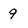
Character: 9